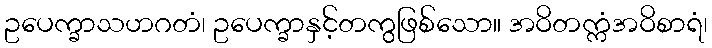
ဥပေက္ခာသဟဂတံ၊ ဥပေက္ခာနှင့်တကွဖြစ်သော။ အဝိတက္ကံအဝိစာရံ၊